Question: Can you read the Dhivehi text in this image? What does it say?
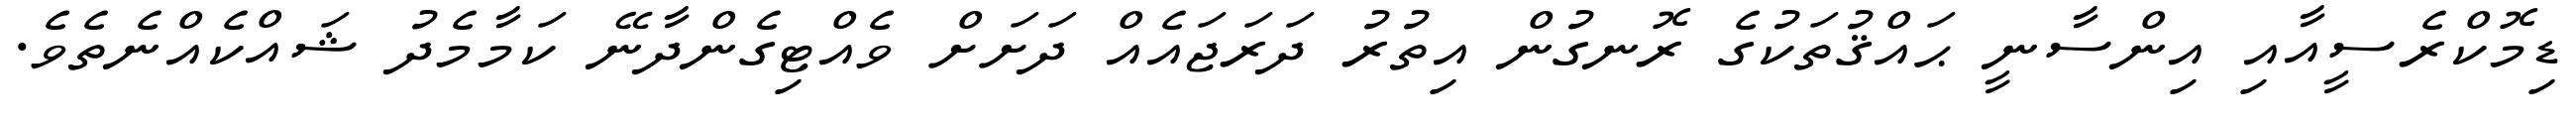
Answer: ޑިމޮކްރެސީއާއި އިންސާނީ ޙައްޤުތަކުގެ ރޮނގުން އިތުރު ދަރަޖައެއް ދަށަށް ވެއްޓިގެންދާނޭ ކަމާމެދު ޝައްކެއްނެތެވެ.